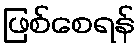
ဖြစ်စေရန်